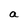
Character: a